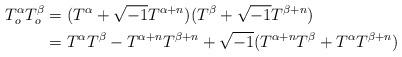
LaTeX: \begin{align*}T_o^\alpha T_o^\beta &=(T^\alpha+\sqrt{-1}T^{\alpha+n})(T^\beta+\sqrt{-1}T^{\beta+n})\\&=T^\alpha T^\beta-T^{\alpha+n}T^{\beta+n}+\sqrt{-1}(T^{\alpha+n}T^\beta+T^\alpha T^{\beta+n})\end{align*}